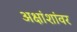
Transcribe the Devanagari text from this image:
अक्षांशांवर